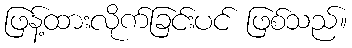
ဖြန့်ထားလိုက်ခြင်းပင် ဖြစ်သည်။